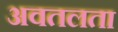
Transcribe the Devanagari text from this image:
अवतलता